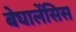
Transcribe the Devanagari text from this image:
बेघालेंसिस